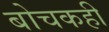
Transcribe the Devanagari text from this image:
बोचकही